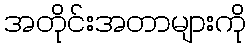
အတိုင်းအတာများကို